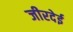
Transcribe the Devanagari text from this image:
जीरदेई